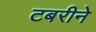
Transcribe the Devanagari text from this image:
टबरीने